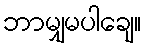
ဘာမျှမပါချေ။